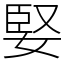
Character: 婜